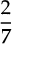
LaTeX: \frac { 2 } { 7 }